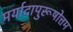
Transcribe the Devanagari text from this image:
मर्यादापुरूषोत्तम